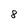
Character: 8